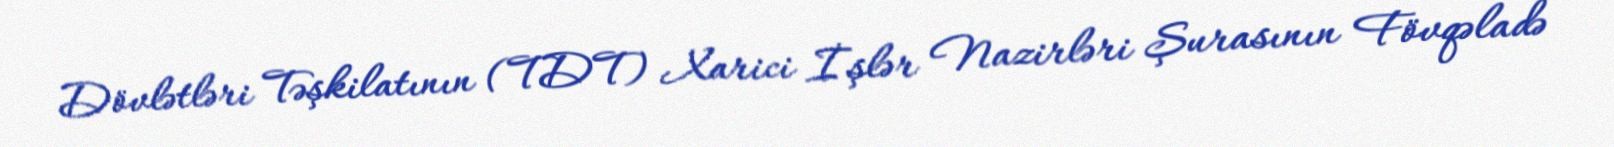
Dövlətləri Təşkilatının (TDT) Xarici İşlər Nazirləri Şurasının Fövqəladə